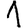
Digit: 1